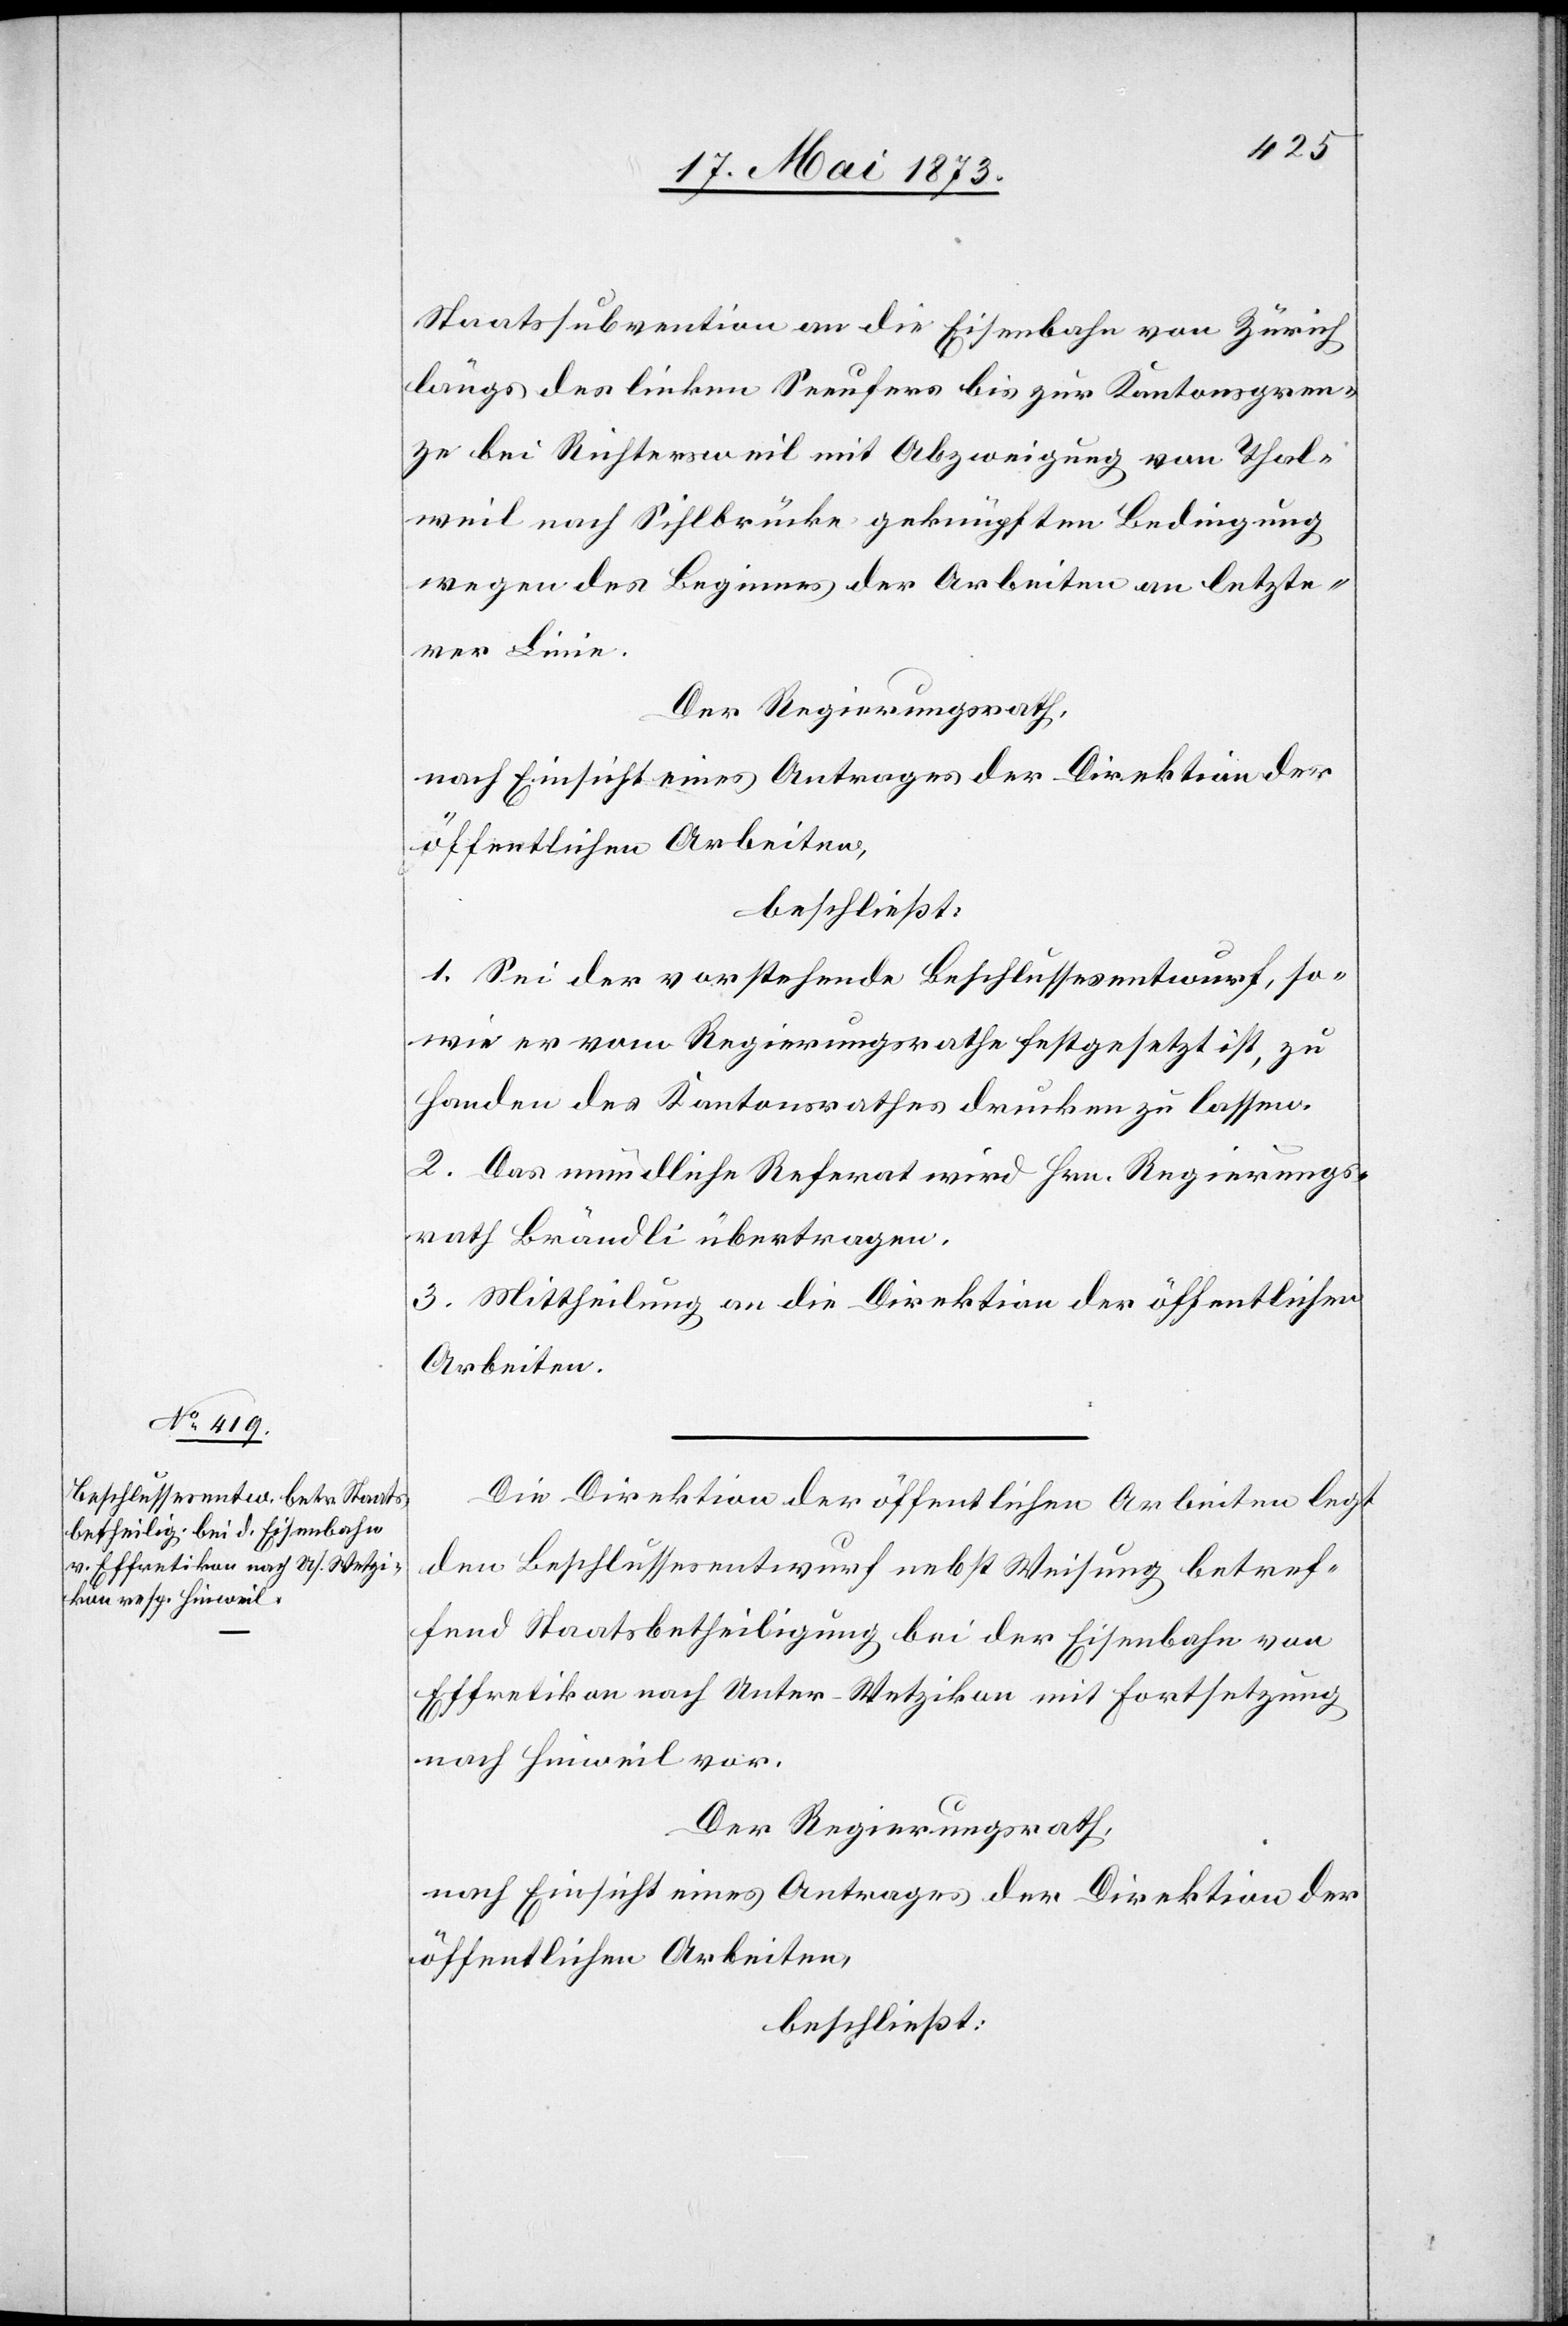
Staatssubvention an die Eisenbahn von Zürich
längs des linken Seeufers bis zur Kantonsgren¬
ze bei Richtersweil mit Abzweigung von Thal¬
weil nach Sihlbrücke geknüpften Bedingung
wegen des Beginnes der Arbeiten an letzte¬
rer Linie.
Der Regierungsrath,
nach Einsicht eines Antrages der Direktion der
öffentlichen Arbeiten,
beschließt:
1. Sei der vorstehende Beschlussesentwurf, so¬
wie er vom Regierungsrathe festgesetzt ist, zu
Handen des Kantonsrathes drucken zu lassen.
2. Das mündliche Referat wird Hrn. Regierungs¬
rath Brändli übertragen.
3. Mittheilung an die Direktion der öffentlichen
Arbeiten.
Die Direktion der öffentlichen Arbeiten legt
den Beschlussesentwurf nebst Weisung betref¬
fend Staatsbetheiligung bei der Eisenbahn von
Effretikon nach Unter-Wetzikon mit Fortsetzung
nach Hinweil vor.
Der Regierungsrath,
nach Einsicht eines Antrages der Direktion der
öffentlichen Arbeiten,
beschließt: